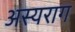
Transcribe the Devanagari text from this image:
अस्यराग